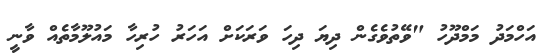
އަހްމަދު މަމްދޫހު "ވޭތުވެގެން ދިޔަ ދިހަ ވަރަކަށް އަހަރު ހުރިހާ މައުލޫމާތެއް ވާނީ